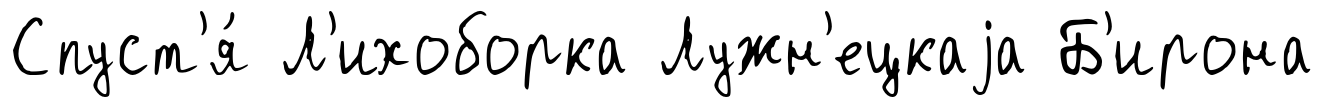
Спуст'я́ Л'ихоборка Лужн'ецкаjа Б'ирона